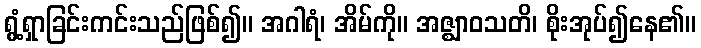
ရွံ့ရှာခြင်းကင်းသည်ဖြစ်၍။ အဂါရံ၊ အိမ်ကို။ အဇ္ဈာဝသတိ၊ စိုးအုပ်၍နေ၏။